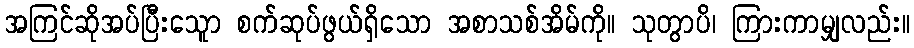
အကြင်ဆိုအပ်ပြီးသေူာ စက်ဆုပ်ဖွယ်ရှိသော အစာသစ်အိမ်ကို။ သုတွာပိ၊ ကြားကာမျှလည်း။